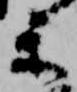
薬